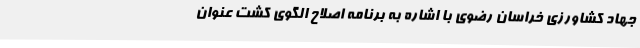
جهاد کشاورزی خراسان رضوی با اشاره به برنامه اصلاح الگوی کشت عنوان